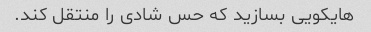
هایکویی بسازید که حس شادی را منتقل کند.